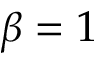
\beta = 1